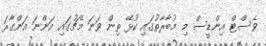
ވެސްޓް އިންޑީސް މި މުބާރާތުގައި ކުޅޭޭ ތިން ވަނަ މެޗުގައި އަންނަ އަންގާރަ